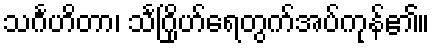
သင်္ဂဟိတာ၊ သင်္ဂြိုဟ်ရေတွက်အပ်ကုန်၏။